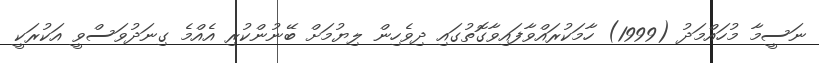
ނަސީމާ މުހައްމަދު (1999) ހާމަކުރައްވާފައިވާގޮތުގައި ދިވެހިން ލިޔުމަށް ބޭނުންކުރި އެއްމެ ގިނަދުވަސްވީ އަކުރަކީ